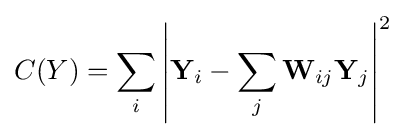
C(Y)=\sum _{i}\left|\mathbf {Y} _{i}-\sum _{j}{\mathbf {W} _{ij}\mathbf {Y} _{j}}\right|^{2}